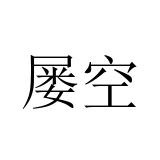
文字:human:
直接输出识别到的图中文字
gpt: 屡空